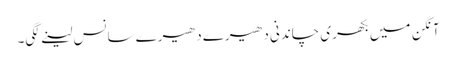
آنگن میں بکھری چاندنی دھیرے دھیرے سانس لینے لگی۔